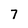
Character: 7